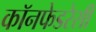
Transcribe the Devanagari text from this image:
कॉनफेडरेसी